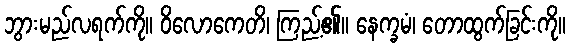
ဘွားမည်လရက်ကို။ ဝိလောကေတိ၊ ကြည့်၏။ နေက္ခမံ၊ တောထွက်ခြင်းကို။